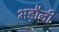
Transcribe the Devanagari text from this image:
भड़ौनी